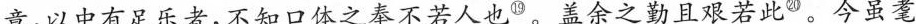
意，以中有足乐者，不知口体之奉不若人也^{⑲} 。盖余之勤且艰若此^{⑳}。今虽耄